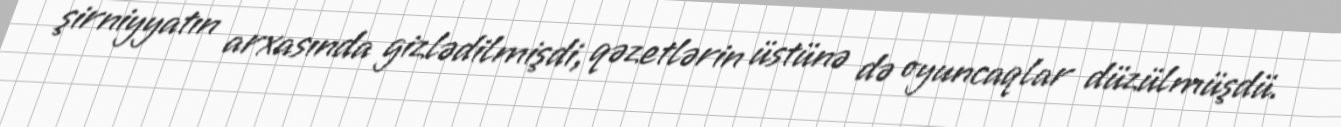
şirniyyatın arxasında gizlədilmişdi, qəzetlərin üstünə də oyuncaqlar düzülmüşdü.